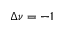
\Delta \nu = - 1